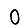
Digit: 0